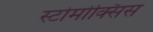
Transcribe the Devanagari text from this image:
स्टोमोक्सिस